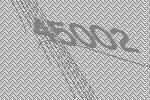
45002